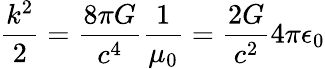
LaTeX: {\frac{k^{2}}{2}}={\frac{8\pi G}{c^{4}}}{\frac{1}{\mu_{0}}}={\frac{2G}{c^{2}}}{4\pi\epsilon_{0}}